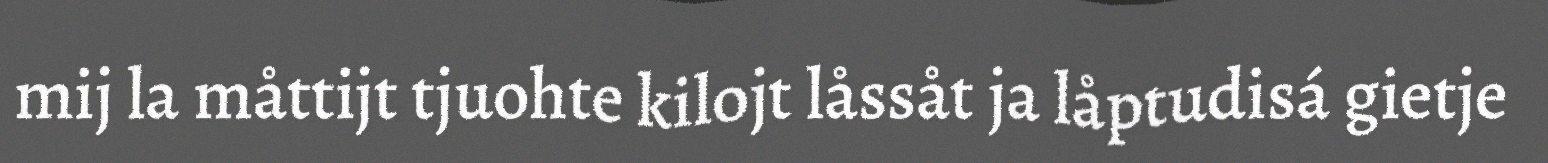
mij la måttijt tjuohte kilojt låssåt ja låptudisá gietje